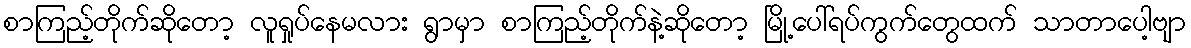
စာကြည့်တိုက်ဆိုတော့ လူရှုပ်နေမလား ရွာမှာ စာကြည့်တိုက်နဲ့ဆိုတော့ မြို့ပေါ်ရပ်ကွက်တွေထက် သာတာပေါ့ဗျာ